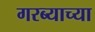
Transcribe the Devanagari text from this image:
गरब्याच्या